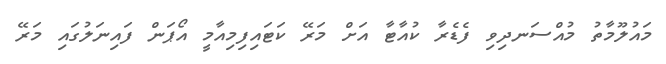
މައުލޫމާތު މުއްސަނދިވި ފެޑެރާ ކުއާޓާ އަށް މަރޭ ކަޓައިފިމިއާމީ އޯޕަން ފައިނަލުގައި މަރޭ